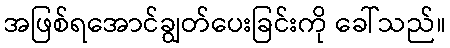
အဖြစ်ရအောင်ချွတ်ပေးခြင်းကို ခေါ်သည်။